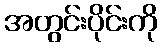
အတွင်းပိုင်းကို